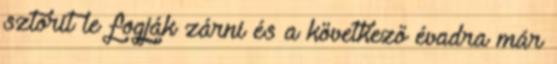
sztorit le fogják zárni és a következő évadra már